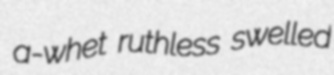
a-whet ruthless swelled